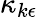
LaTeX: \kappa_{k\epsilon}